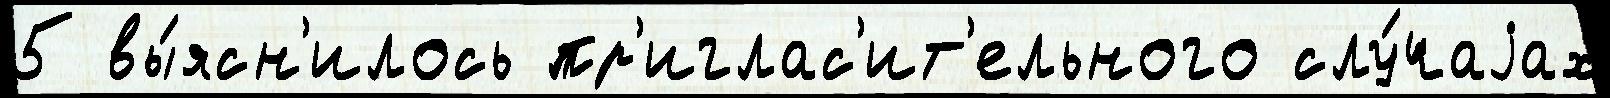
5 вы́ясн'илось пр'иглас'ит'ельного слу́чаjах